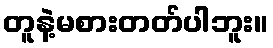
တူနဲ့မစားတတ်ပါဘူး။